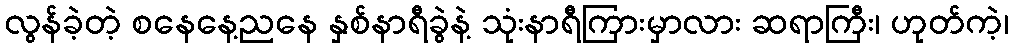
လွန်ခဲ့တဲ့ စနေနေ့ညနေ နှစ်နာရီခွဲနဲ့ သုံးနာရီကြားမှာလား ဆရာကြီး၊ ဟုတ်ကဲ့၊